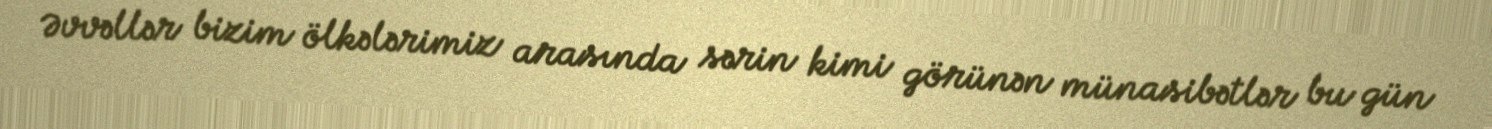
Əvvəllər bizim ölkələrimiz arasında sərin kimi görünən münasibətlər bu gün